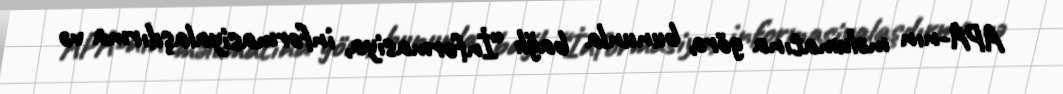
APA-nın məlumatına görə, bununla bağlı “İnformasiya, informasiyalaşdırma və